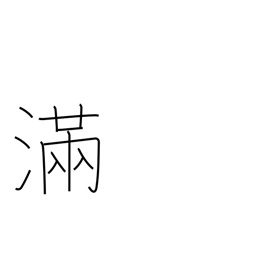
Meaning: satisfied